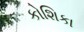
કોશિકા